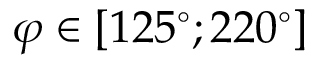
\varphi \in [ 1 2 5 ^ { \circ } ; 2 2 0 ^ { \circ } ]